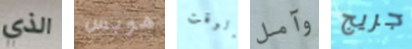
الذي هوبس الوقت وآمل جريج